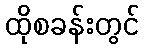
ထိုစခန်းတွင်